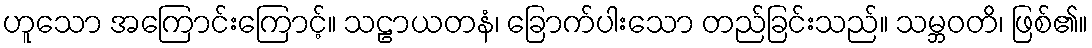
ဟူသော အကြောင်းကြောင့်။ သဠာယတနံ၊ ခြောက်ပါးသော တည်ခြင်းသည်။ သမ္ဘဝတိ၊ ဖြစ်၏။